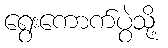
ရွေးကောက်ပွဲသို့